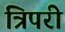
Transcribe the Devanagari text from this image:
त्रिपरी